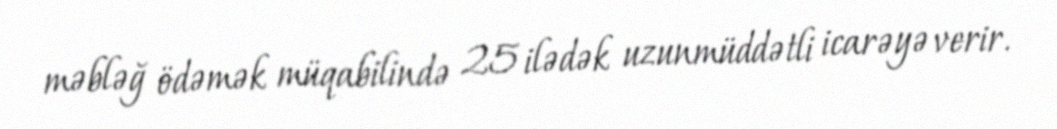
məbləğ ödəmək müqabilində 25 ilədək uzunmüddətli icarəyə verir.